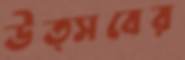
উত্সবের